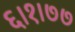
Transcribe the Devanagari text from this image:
६।१।७७